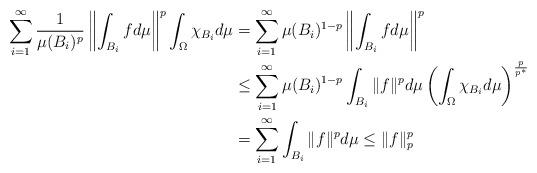
LaTeX: \begin{align*} \sum_{i=1}^{\infty}\frac{1}{\mu(B_i)^p}\left\|\int_{B_i}f d\mu\right\|^p\int_{\Omega}\chi_{B_i}d\mu & =\sum_{i=1}^{\infty}\mu(B_i)^{1-p}\left\|\int_{B_i}f d\mu\right\|^p \\ &\leq \sum_{i=1}^{\infty}\mu(B_i)^{1-p}\int_{B_i}\|f\|^p d\mu\left(\int_{\Omega}\chi_{B_i}d\mu\right)^{\frac{p}{p^*}} \\ & = \sum_{i=1}^{\infty}\int_{B_i}\|f\|^pd\mu\leq \|f\|_p^p\end{align*}